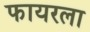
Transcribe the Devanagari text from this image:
फायरला